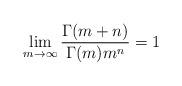
LaTeX: \begin{align*} \lim_{m\to\infty}\frac{\Gamma(m+n)}{\Gamma(m) m^n}=1\end{align*}